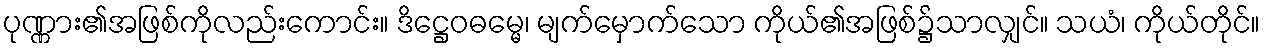
ပုဏ္ဏား၏အဖြစ်ကိုလည်းကောင်း။ ဒိဋ္ဌေဝဓမ္မေ၊ မျက်မှောက်သော ကိုယ်၏အဖြစ်၌သာလျှင်။ သယံ၊ ကိုယ်တိုင်။